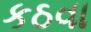
કઠવા